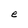
Character: e